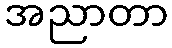
အညာတာ